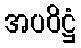
အပဝိဋ္ဌံ